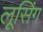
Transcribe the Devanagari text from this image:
लूसिंग